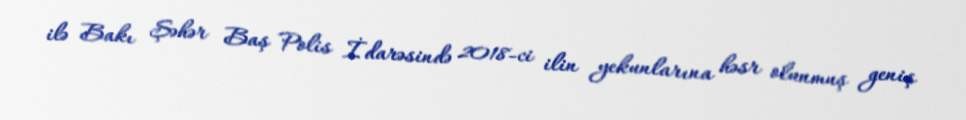
ilə Bakı Şəhər Baş Polis İdarəsində 2018-ci ilin yekunlarına həsr olunmuş geniş